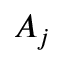
A _ { j }